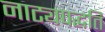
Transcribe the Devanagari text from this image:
नाट्यपद्धति